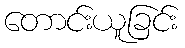
တောင်းယူခြင်း